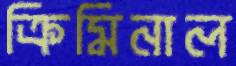
ক্রিমিনাল